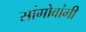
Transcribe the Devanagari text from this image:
सांगोवांगी